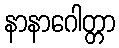
နာနာဂေါတ္တာ